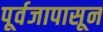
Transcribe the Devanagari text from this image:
पूर्वजापासून